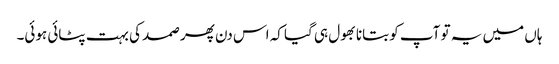
ہاں میں یہ تو آپ کو بتانا بھول ہی گیا کہ اس دن پھر صمد کی بہت پٹائی ہوئی۔